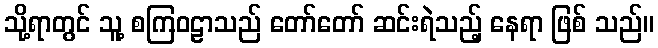
သို့ရာတွင် သူ့ စကြဝဠာသည် တော်တော် ဆင်းရဲသည့် နေရာ ဖြစ် သည်။